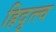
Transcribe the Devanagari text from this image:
हिदुत्त्व